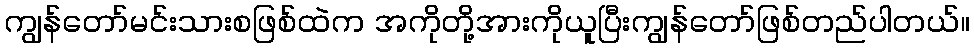
ကျွန်တော်မင်းသားစဖြစ်ထဲက အကိုတို့အားကိုယူပြီးကျွန်တော်ဖြစ်တည်ပါတယ်။